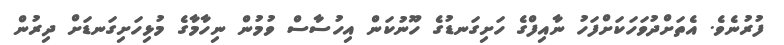
ފުރުނެވެ. އެތަށްދުވަހަކަށްފަހު ނާއިފްގެ ހަށިގަނޑުގެ ހޫނުކަން އިހުސާސް ވުމުން ނިހާމާގެ މުޅިހަށިގަނޑަށް ދިރުން